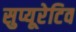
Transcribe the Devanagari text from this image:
सुप्यूरेटिव